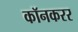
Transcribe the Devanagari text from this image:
कॉनकरर